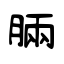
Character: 脼